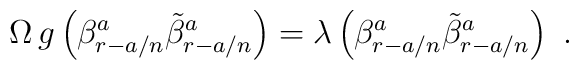
\Omega\, g \left(\beta^{a}_{r-a/n}\tilde{\beta}^a_{r-a/n}\right)=\lambda  \left(\beta^{a}_{r-a/n}\tilde{\beta}^a_{r-a/n}\right)\,\,.